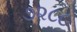
૭૨૮૮